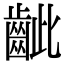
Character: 齜